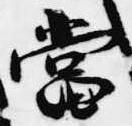
当